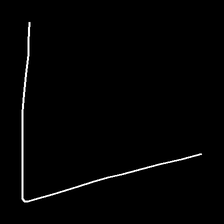
Glyph: region